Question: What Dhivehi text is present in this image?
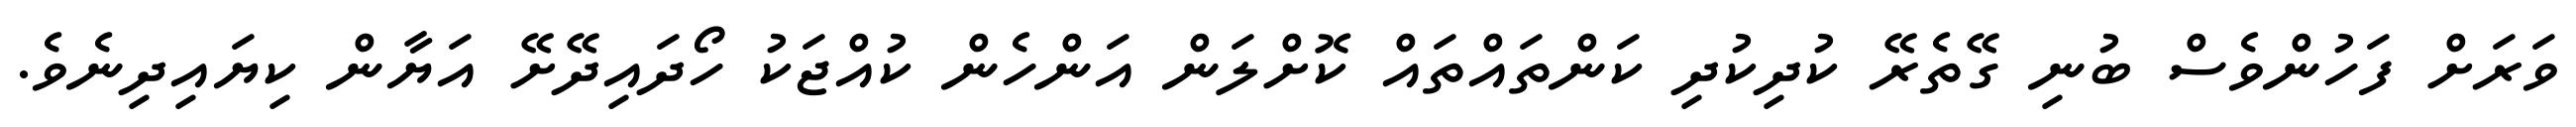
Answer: ވަރަށް ފަހުންވެސް ބުނި ގޭތެރޭ ކުދިކުދި ކަންތައްތައް ކޮށްލަން އަންހެން ކުއްޖަކު ހޯދައިދޭށޭ އަޔާން ކިޔައިދިނެވެ.